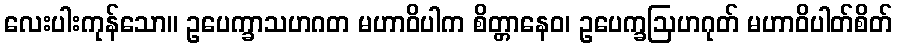
လေးပါးကုန်သော။ ဥပေက္ခာသဟဂတ မဟာဝိပါက စိတ္တာနေဝ၊ ဥပေက္ခဩဟဂုတ် မဟာဝိပါတ်စိတ်